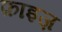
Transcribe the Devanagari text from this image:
फ़ाइज़